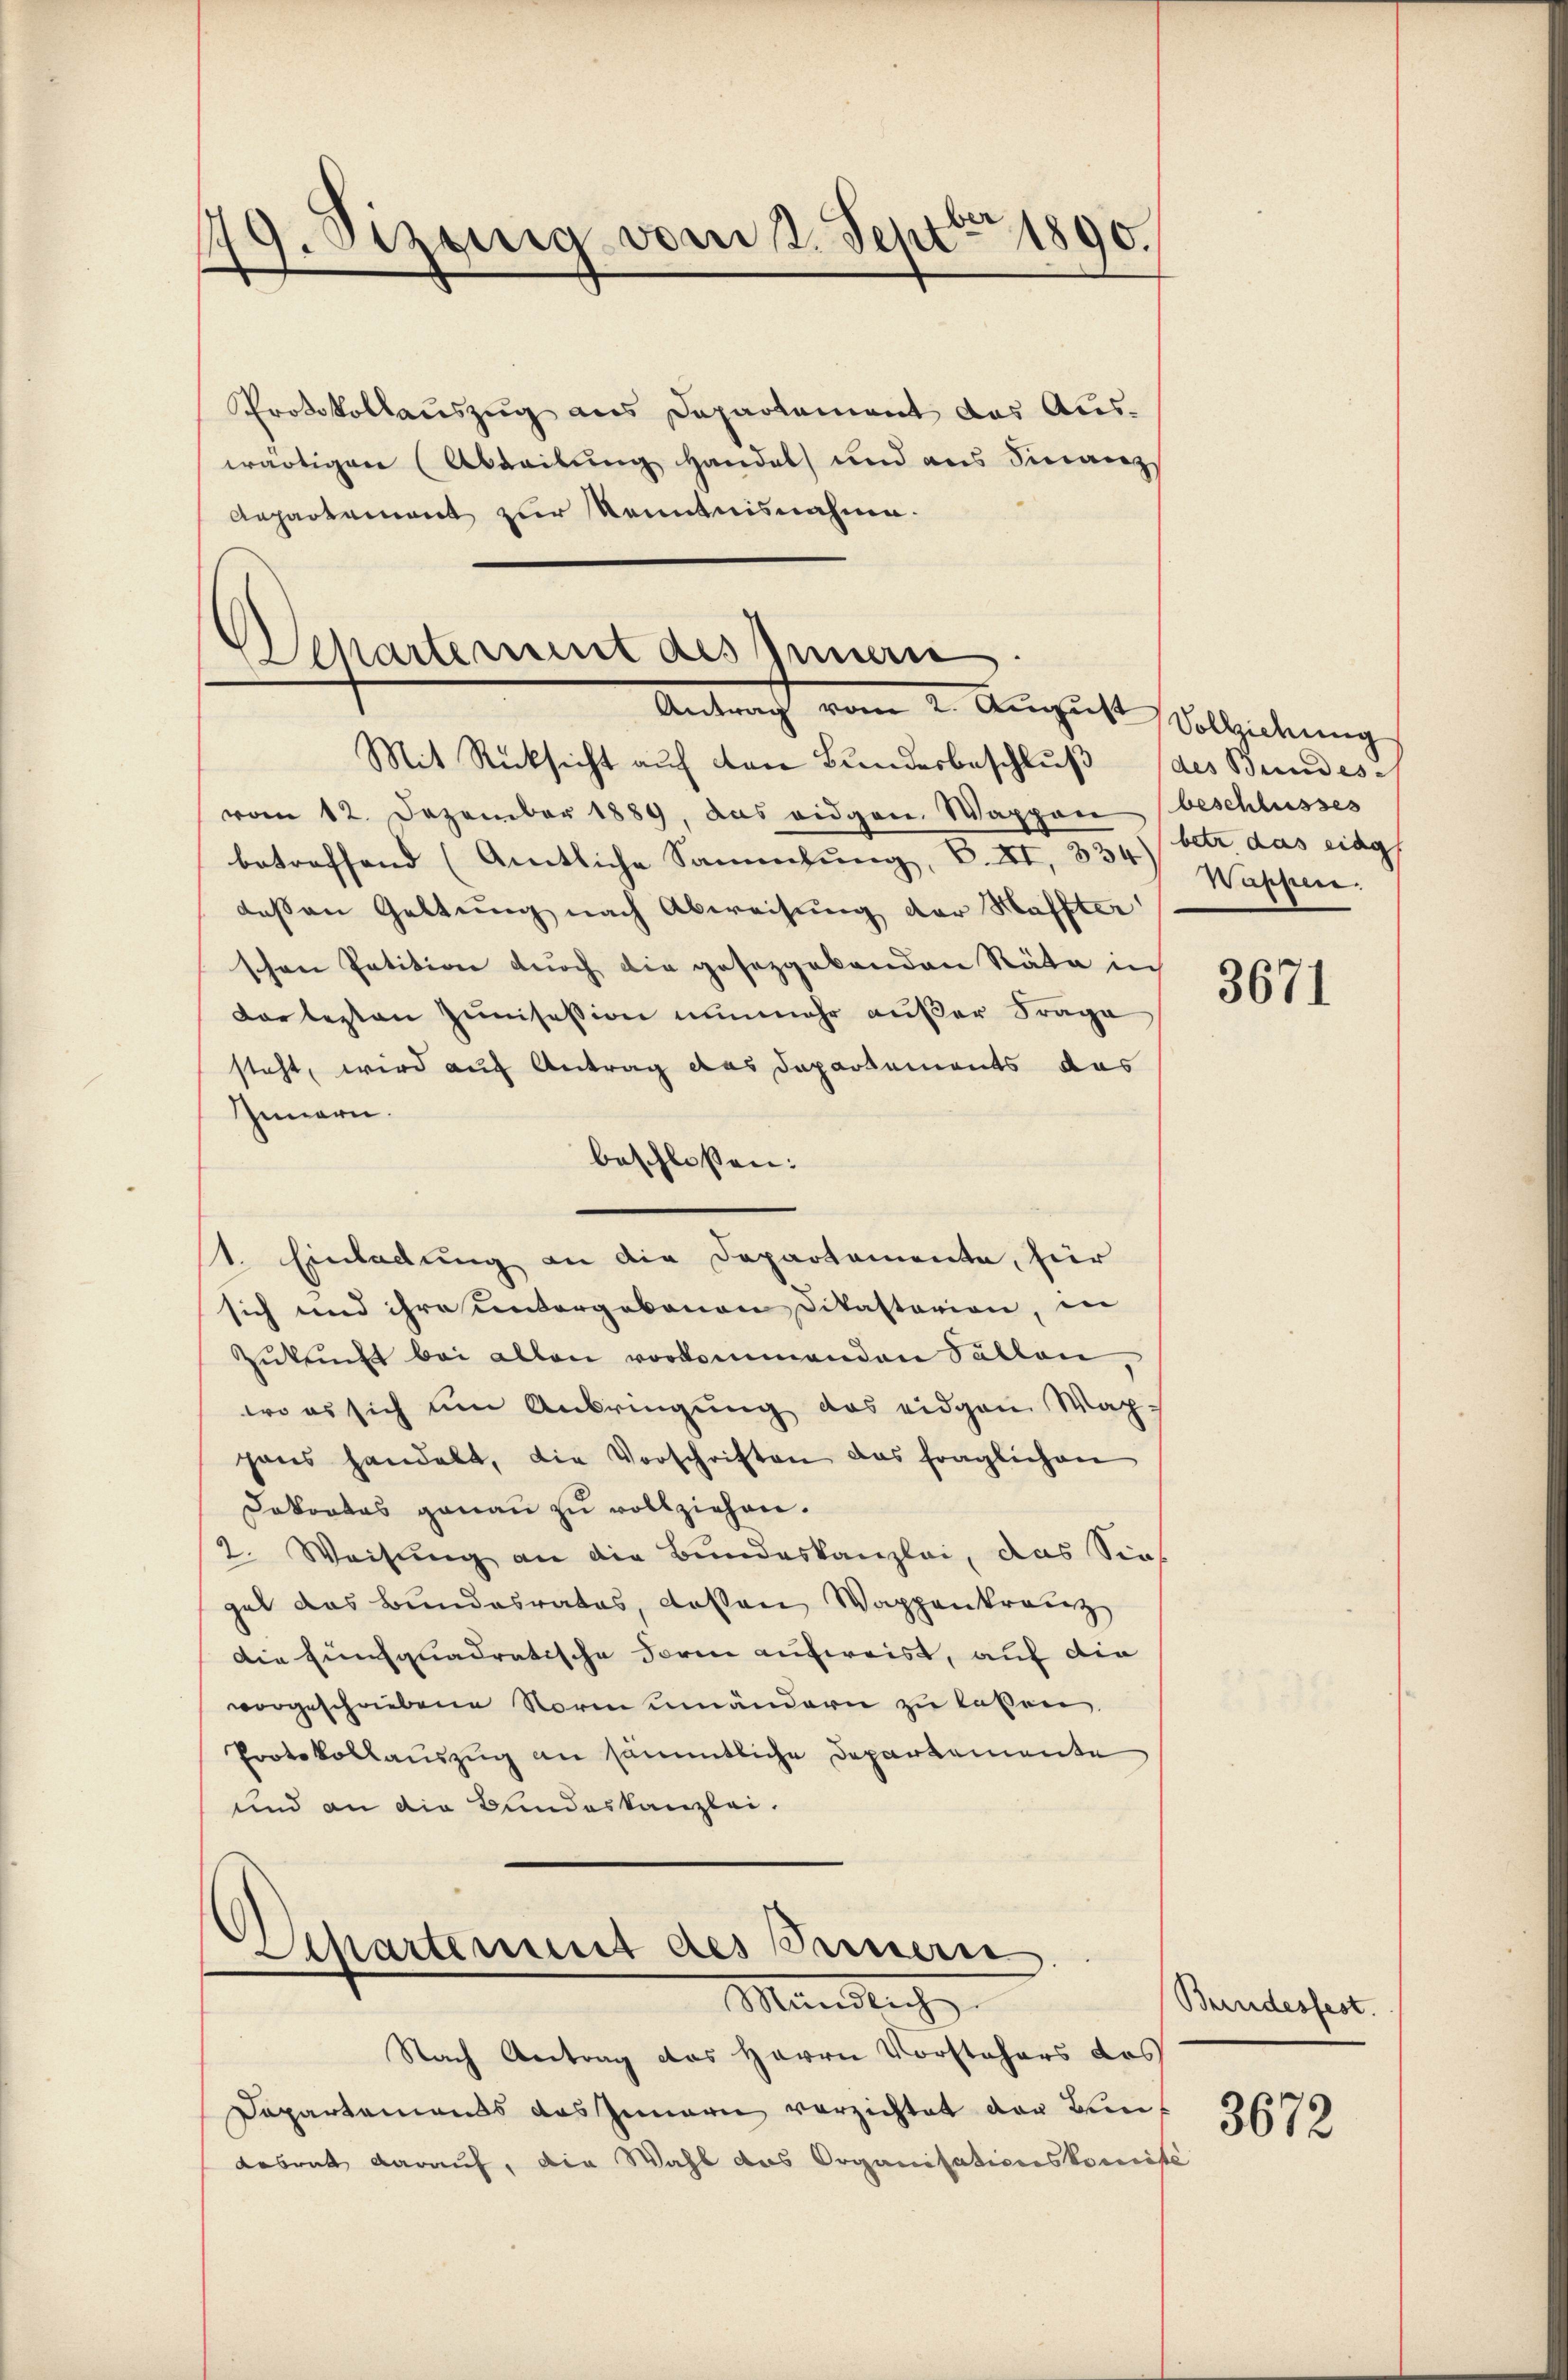
29. Sezeig vom 2. Sept. 1890.

Protokollauszug aus Departement das Auswärtigen (Abteilung handel und aus Finanz
Anpartement zur Kenntnisnahme.

.
Departement des Innern
Antrach vom 2. August Vollziehung

Mit Rücksicht auf von Bundesbeschluß des Bundes
vom 12. Dezember 1889, das eidgen. Wappen beschlusses
betreffend (Amtliche Sammlung, S. XI, 334) Waschen.
dessen Geltung nach Abweisung der Haffter
schen Petition durch die gesetzgebenden Räte in
darlegten zumisession nunmehr außer Frage
steht, wird auf Antrag das Departements das
Innern.
beschlossen:
1. Einladung an die Departemente, hier
sich und ihre untergebenen Dikasterien, in
Zŭkŭnft bei allen vorkommenden Fällen,
wo es sich um Anbringung das eidgen Wappans handelt, die Vorschriften das fraglichen
Dakortes genau zu vollziehen.
2. Weisung an die Bundeskanzlei, das Sieh
gal das Bundesrates, dassen Wappenkranz
Die Einfquadratische Form aufweist, auf die
vorgeschriebene Norm umändern zu laßen.
Protokollauszug an sämmtliche Departemente
und an die Bundeskanzlei.

Schartemmt des Sinnern
Mändlich

betr das eing

Nach Antrag des Herrn Vorstehers des
Dapartemends das Innern verzichtet der von
Labrat darauf, die Wahl das Organisationskomise

3671

Bundesfest.
3672